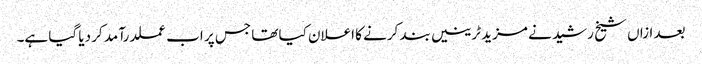
بعد ازاں شیخ رشید نے مزید ٹرینیں بند کرنے کا اعلان کیا تھا جس پر اب عملدرآمد کر دیا گیا ہے۔